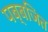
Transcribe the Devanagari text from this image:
पब्बजित